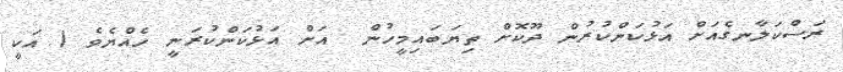
ރަސްކަލާނގެއަށް އަޅުކަންކުރުން ދޫކޮށް ތިޔަބައިމީހުން  އަށް އަޅުކަންކުރަނީ ހެއްޔެވެ ( އަކީ